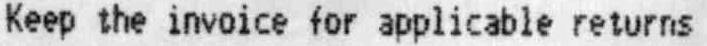
KEEP THE INVOICE FOR APPLICABLE RETURNS